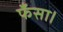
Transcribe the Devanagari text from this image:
फँसा।